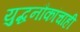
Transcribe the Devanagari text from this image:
युद्धनौकांचाही